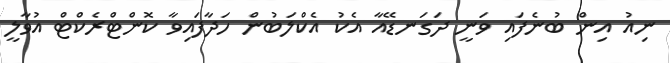
ނިއު އިން ބުނެފައި ވަނީ ދަގަނޑޭއާ އެކު އެކްލަބުން ހަދާފައިވާ ކޮންޓްރެކްޓް އުވާލީ